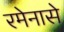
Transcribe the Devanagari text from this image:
रमेनासे